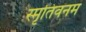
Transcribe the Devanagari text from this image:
स्मृतिवनम